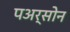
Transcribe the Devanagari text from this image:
पअर्सोन